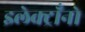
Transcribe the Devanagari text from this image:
इलेक्ट्राँनो